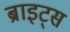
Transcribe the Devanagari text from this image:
ब्राइट्स